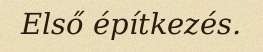
Első építkezés.